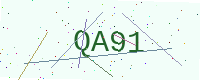
Text: QA91